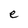
Character: e